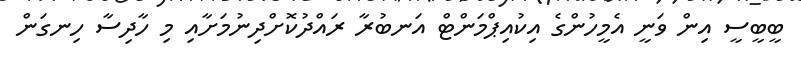
ބީބީސީ އިން ވަނީ އެމީހުންގެ އިކުއިޕްމަންޓް އަނބުރާ ރައްދުކޮށްދިނުމަށާއި މި ހާދިސާ ހިނގަން